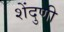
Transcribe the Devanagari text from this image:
शेंदुणी